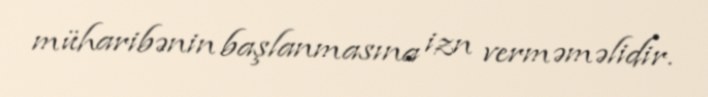
müharibənin başlanmasına izn verməməlidir.